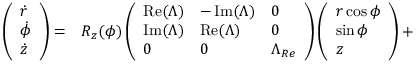
\begin{array} { r l } { \left( \begin{array} { l } { \dot { r } } \\ { \dot { \phi } } \\ { \dot { z } } \end{array} \right) = } & { { } R _ { z } ( \phi ) \left( \begin{array} { l l l } { \operatorname { R e } ( \Lambda ) } & { - \operatorname { I m } ( \Lambda ) } & { 0 } \\ { \operatorname { I m } ( \Lambda ) } & { \operatorname { R e } ( \Lambda ) } & { 0 } \\ { 0 } & { 0 } & { \Lambda _ { R e } } \end{array} \right) \left( \begin{array} { l } { r \cos \phi } \\ { \sin \phi } \\ { z } \end{array} \right) + } \end{array}